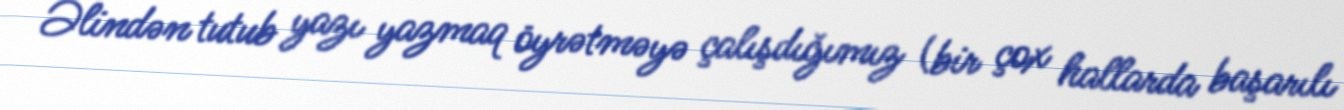
Əlindən tutub yazı yazmaq öyrətməyə çalışdığımız (bir çox hallarda başarılı